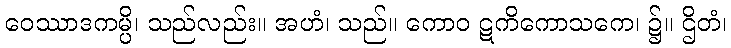
ဝေဿာဒကမ္ပိ၊ သည်လည်း။ အဟံ၊ သည်။ ကောဝ ဋကိကောသကေ၊ ၌။ ဌိတံ၊